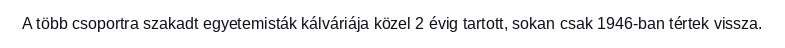
A több csoportra szakadt egyetemisták kálváriája közel 2 évig tartott, sokan csak 1946-ban tértek vissza.